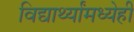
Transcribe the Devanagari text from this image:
विद्यार्थ्यांमध्येही